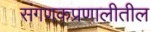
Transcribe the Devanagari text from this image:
संगणकप्रणालीतील